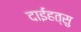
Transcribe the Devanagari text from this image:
दाईहत्सु